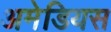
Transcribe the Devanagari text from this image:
अमेडियस